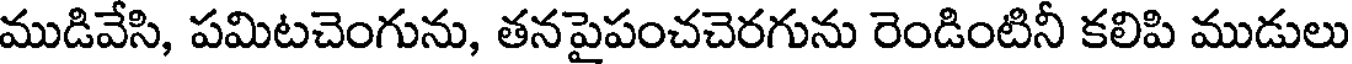
ముడివేసి, పమిటచెంగును, తనపైపంచచెరగును రెండింటినీ కలిపి ముడులు